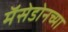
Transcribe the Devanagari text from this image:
मॅसेडोनच्या